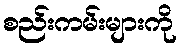
စည်းကမ်းများကို